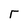
Character: r